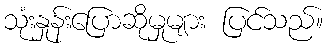
သုံးနှုန်းပြောဆိုမှုများ ပြင်သည်။